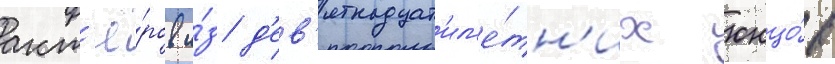
акт'ё́ров и́з д'ев'ятнадцат'ил'е́тн'их юнцо́в